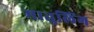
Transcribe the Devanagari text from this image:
मातुलिंग